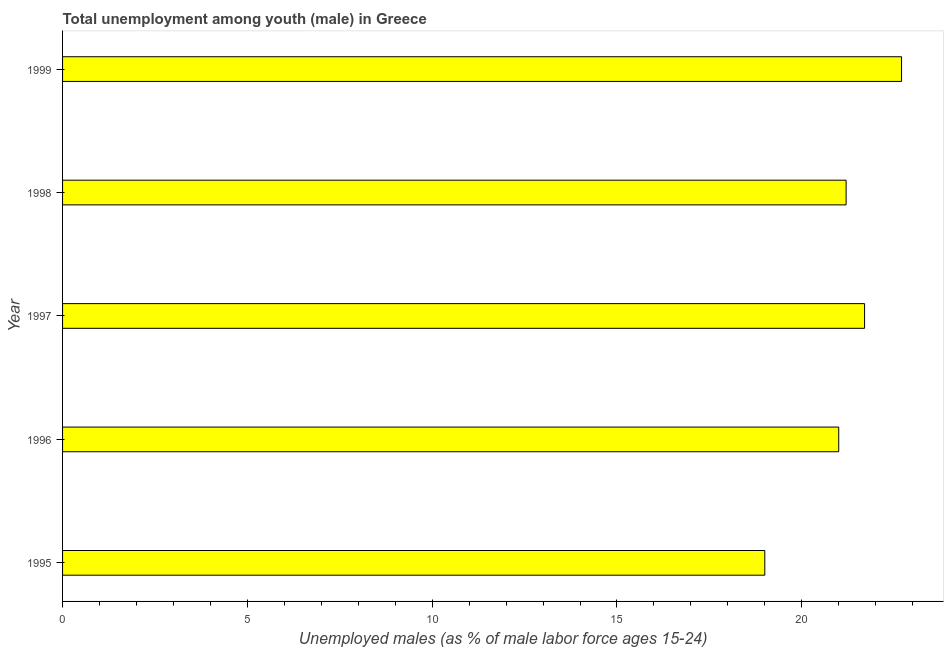
| Year | Unemployment |
 | --- | --- |
 | 1995 | 19 |
 | 1996 | 21 |
 | 1997 | 21.7 |
 | 1998 | 21.2 |
 | 1999 | 22.7 |